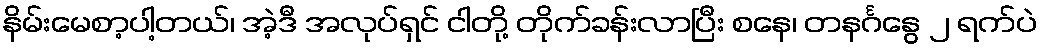
နိမ်းမေစာ့ပါ့တယ်၊ အဲ့ဒီ အလုပ်ရှင် ငါတို့ တိုက်ခန်းလာပြီး စနေ၊ တနင်္ဂနွေ ၂ ရက်ပဲ